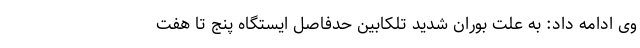
وی ادامه داد: به علت بوران شدید تلکابین حدفاصل ایستگاه پنج تا هفت